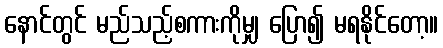
နောင်တွင် မည်သည့်စကားကိုမျှ ပြော၍ မရနိုင်တော့။